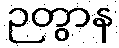
ဉတွာန